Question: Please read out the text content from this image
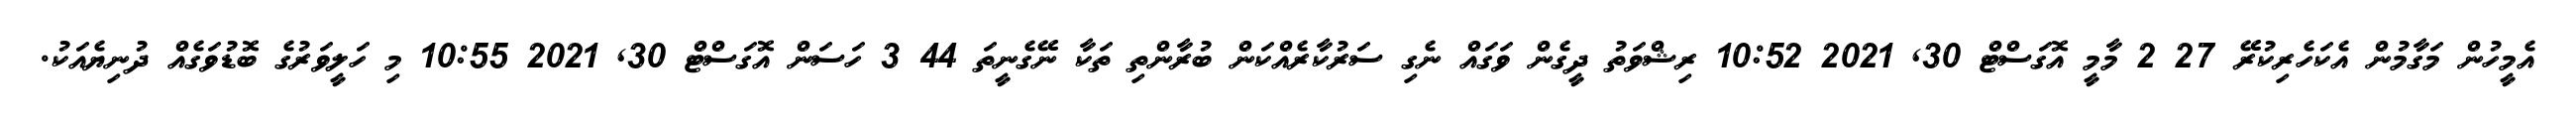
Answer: އެމީހުން މަގާމުން އެކަހެރިކުރޭ 27 2 މާމީ އޮގަސްޓް 30, 2021 10:52 ރިޝްވަތު ދީގެން ވަގައް ނެގި ސަރުކާރެއްކަން ބުރާންތި ތަކާ ނޭގެނީތަ 44 3 ހަސަން އޮގަސްޓް 30, 2021 10:55 މި ހަލީވަރުގެ ބޮޑުވަގެއް ދުނިޔެއަކު.